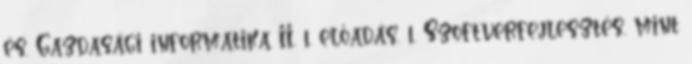
és. Gazdasági informatika II. 1. előadás. 1. Szoftverfejlesztés, mint